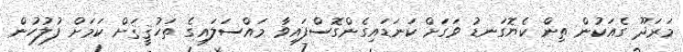
މަރަދޫ ގެއަކުން ތިން ކެޔޮގަނޑު ވަގަށް ކަނަޑައިގެންގޮސްފައިވާ މައްސަލައިގެ ތަހުޤީޤަށް ކަމަށް ފުލުހުން